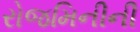
રોજમિનીની